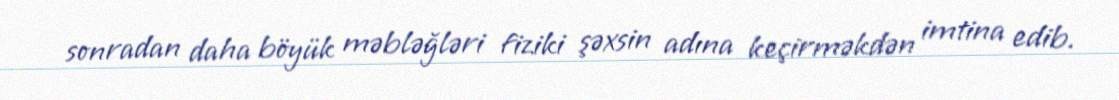
sonradan daha böyük məbləğləri fiziki şəxsin adına keçirməkdən imtina edib.